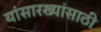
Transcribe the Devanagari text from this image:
यांसारख्यांसाठी